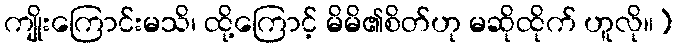
ကျိုးကြောင်းမသိ၊ ထို့ကြောင့် မိမိ၏စိတ်ဟု မဆိုထိုက် ဟူလို။)